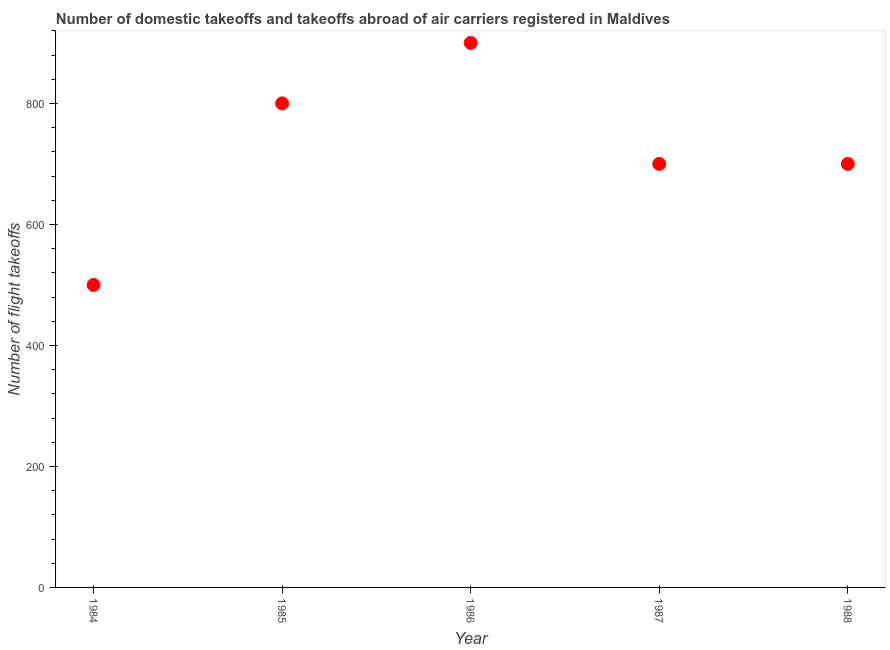
| Year | Air transport |
 | --- | --- |
 | 1984 | 500 |
 | 1985 | 800 |
 | 1986 | 900 |
 | 1987 | 700 |
 | 1988 | 700 |